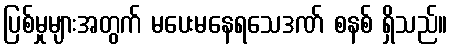
ပြစ်မှုများအတွက် မပေးမနေရသေဒဏ် စနစ် ရှိသည်။